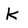
Character: K